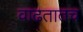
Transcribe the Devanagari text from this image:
वाढतातच